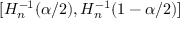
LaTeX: [ H _ { n } ^ { - 1 } ( \alpha / 2 ) , H _ { n } ^ { - 1 } ( 1 - \alpha / 2 ) ]